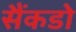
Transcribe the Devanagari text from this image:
सैंकडो